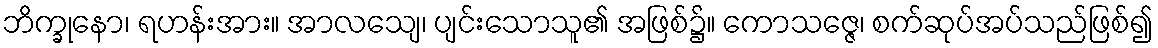
ဘိက္ခုနော၊ ရဟန်းအား။ အာလသျေ၊ ပျင်းသောသူ၏ အဖြစ်၌။ ကောသဇ္ဇေ၊ စက်ဆုပ်အပ်သည်ဖြစ်၍